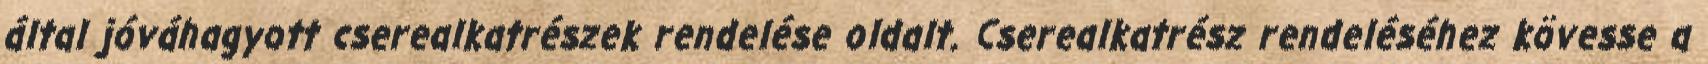
által jóváhagyott cserealkatrészek rendelése oldalt. Cserealkatrész rendeléséhez kövesse a